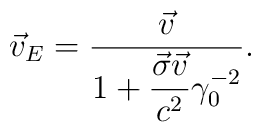
\vec v_E=\frac{\vec v}{1+\displaystyle\frac{\vec\sigma\vec v}{c^2}\gamma^{-2}_0}.